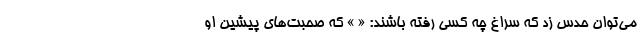
می‌توان حدس زد که سراغ چه کسی رفته باشند: « » که صحبت‌های پیشین او